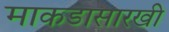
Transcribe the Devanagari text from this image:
माकडासारखी